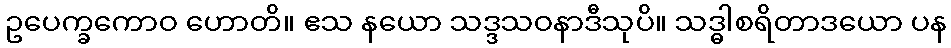
ဥပေက္ခကောဝ ဟောတိ။ ဧသ နယော သဒ္ဒသဝနာဒီသုပိ။ သဒ္ဓါစရိတာဒယော ပန